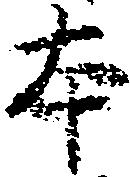
本